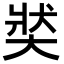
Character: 𡘾